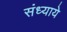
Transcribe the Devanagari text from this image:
संध्याये